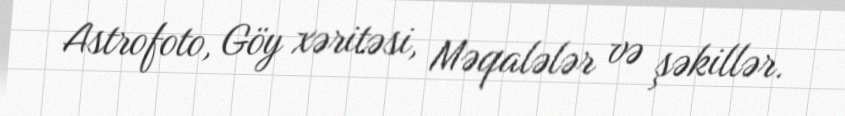
Astrofoto, Göy xəritəsi, Məqalələr və şəkillər.